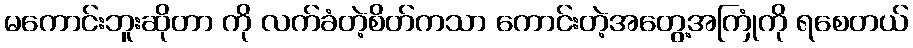
မကောင်းဘူးဆိုတာ ကို လက်ခံတဲ့စိတ်ကသာ ကောင်းတဲ့အတွေ့အကြုံကို ရစေတယ်